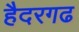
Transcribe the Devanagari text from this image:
हैदरगढ